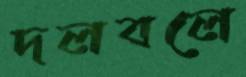
দলবলে